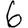
Digit: 6